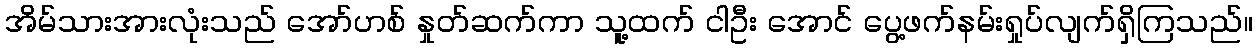
အိမ်သားအားလုံးသည် အော်ဟစ် နှုတ်ဆက်ကာ သူ့ထက် ငါဦး အောင် ပွေ့ဖက်နမ်းရှုပ်လျက်ရှိကြသည်။